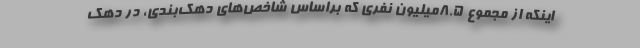
اینکه از مجموع ۸.۵میلیون نفری که براساس شاخص‌های دهک‌بندی، در دهک